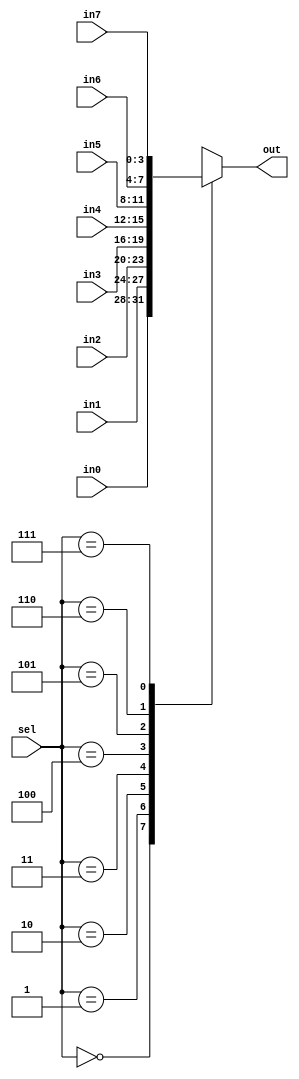
module mux_8to1 (
    input [3:0] in0,
    in1,
    in2,
    in3,
    in4,
    in5,
    in6,
    in7,
    input [2:0] sel,
    output reg [3:0] out
);
  always @(*) begin
    case (sel)
      3'b000:  out = in0;
      3'b001:  out = in1;
      3'b010:  out = in2;
      3'b011:  out = in3;
      3'b100:  out = in4;
      3'b101:  out = in5;
      3'b110:  out = in6;
      3'b111:  out = in7;
      default: out = 4'b0000;
    endcase
  end
endmodule